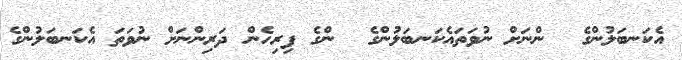
އެކަނބަލުންގެ  ންނަށް ނުވަތައެކަނބަލުންގެ  ންގެ ފިރިހެން ދަރިންނަށް ނުވަތަ އެކަނބަލުންގެ